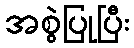
အစွဲပြုပြီး